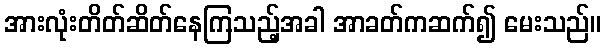
အားလုံးတိတ်ဆိတ်နေကြသည့်အခါ အာခတ်ကဆက်၍ မေးသည်။